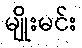
မျိုးမင်း